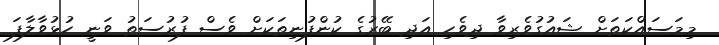
މިމަސައްކަތަށް ޝައުގުވެރިވާ ދިވެހި އަދި ބޭރުގެ ކުންފުނިތަކަށް ވެސް ފުރުސަތު ވަނީ ހުޅުވާލާފަ